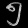
Digit: ၅